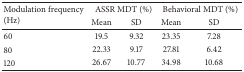
<table><thead><tr><td rowspan="2"><b>Modulation frequency (Hz)</b></td><td colspan="2"><b>ASSR MDT (%)</b></td><td colspan="2"><b>Behavioral MDT (%)</b></td></tr><tr><td><b>Mean</b></td><td><b>SD</b></td><td><b>Mean</b></td><td><b>SD</b></td></tr></thead><tbody><tr><td>60</td><td>19.5</td><td>9.32</td><td>23.35</td><td>7.28</td></tr><tr><td>80</td><td>22.33</td><td>9.17</td><td>27.81</td><td>6.42</td></tr><tr><td>120</td><td>26.67</td><td>10.77</td><td>34.98</td><td>10.68</td></tr></tbody></table>